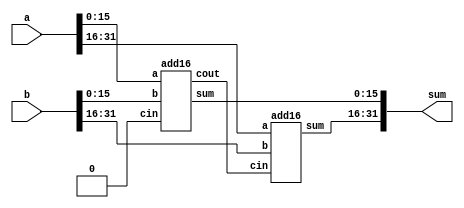
// https://hdlbits.01xz.net/wiki/Module_fadd

module top_module (
    input [31:0] a,
    input [31:0] b,
    output [31:0] sum
);

wire [15:0] z1;
wire [15:0] z2;
wire coutbig;
add16 s1(a[15:0],b[15:0],1'b0,z1,coutbig);
add16 s2(a[31:16],b[31:16],coutbig,z2,);

assign sum = {z2,z1};
//  add16 


// 1 top_module


endmodule

module add1( 
        input a, input b, input cin,
        output sum, output cout );

// Full adder module here
assign sum = a^b^cin;
assign cout = a&b | a&cin | b&cin;

endmodule

module add16 ( 
    input[15:0] a, input[15:0] b, input cin, 
    output[15:0] sum, output cout );
endmodule

// ---------------------
//  HDl  
// 
module halfadder (
    input a,input b,
    output s,output c
);
    assign s = a ^ b;
    // 
    assign c = a & b;
    // 
endmodule